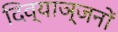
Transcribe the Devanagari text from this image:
दिव्याञ्जनों